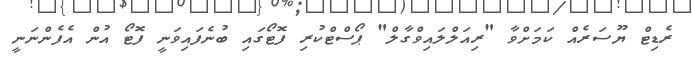
ރެޑިޓް ޔޫސަރެއް ކަމަށްވާ "ރިއަލްލައިވްގާލް" ޕޯސްޓްކުރި ފޮޓޯގައި ބުނެފައިވަނީ ފޮޓޯ އުން އެފެންނަނީ